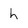
Character: h